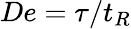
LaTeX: De=\tau/t_{R}